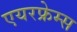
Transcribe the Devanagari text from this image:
एयरफ्रेम्स